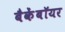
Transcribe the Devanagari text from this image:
बैकेंबॉयर